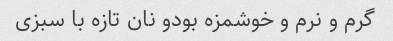
گرم و نرم و خوشمزه بودو نان تازه با سبزی